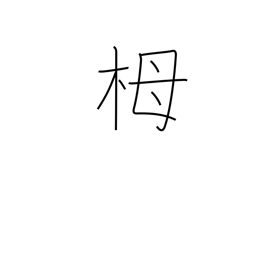
Meaning: hemlock